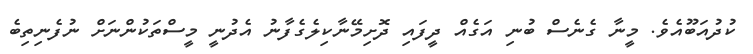
ކުދުއަބޫއެވެ. މީނާ ގެނެސް ބުނި އަގެއް ދީފައި ދޮށިމޭނާކިލެގެފާނު އެދުނީ މީސްތަކުންނަށް ނުފެނިތިބެ